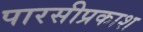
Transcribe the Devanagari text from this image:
पारसीप्रकाश